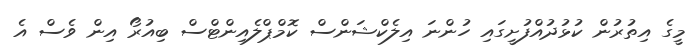
މީގެ އިތުރުން ކުޅުދުއްފުށީގައި ހުންނަ އިލެކްޝަންސް ކޮމްޕްލެއިންޓްސް ބިއުރޯ އިން ވެސް އެ